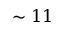
\sim 1 1